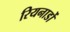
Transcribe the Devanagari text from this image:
रियनार्डो